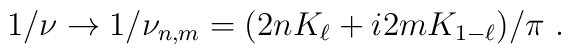
1/\nu \rightarrow 1/\nu _{n,m}=(2nK_{\ell }+i2mK_{1-\ell })/\pi ~.